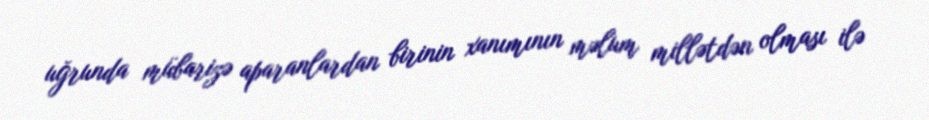
uğrunda mübarizə aparanlardan birinin xanımının məlum millətdən olması ilə